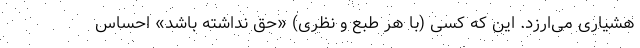
هشیاری می‌ارزد. این که کسی (با هر طبع و نظری) «حق نداشته باشد» احساس